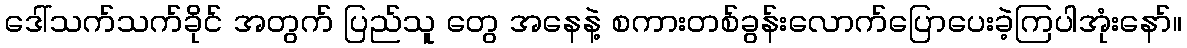
ဒေါ်သက်သက်ခိုင် အတွက် ပြည်သူ တွေ အနေနဲ့ စကားတစ်ခွန်းလောက်ပြောပေးခဲ့ကြပါအုံးနော်။